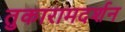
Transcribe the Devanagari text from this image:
तुकारामदर्शन